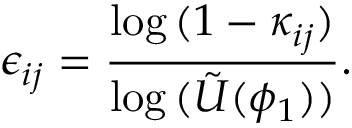
{ \epsilon _ { i j } } = \frac { \log { ( 1 - \kappa _ { i j } ) } } { \log { ( \tilde { U } ( \phi _ { 1 } ) ) } } .